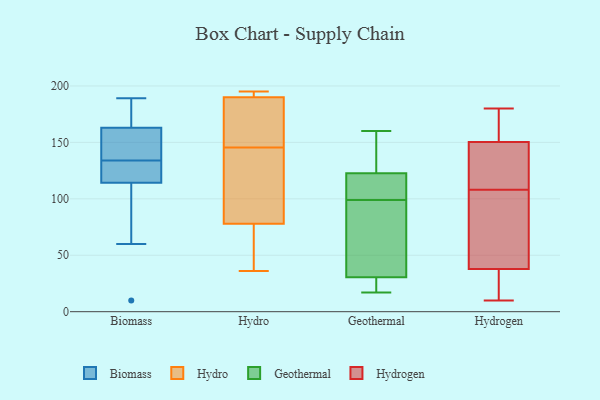
{"axis": {"x": "Website Visitors", "y": "Value"}, "legend": ["Biomass", "Geothermal", "Hydro", "Hydrogen"], "data": [{"x": "", "y": 60, "type": "Biomass"}, {"x": "", "y": 115, "type": "Biomass"}, {"x": "", "y": 121, "type": "Biomass"}, {"x": "", "y": 149, "type": "Biomass"}, {"x": "", "y": 134, "type": "Biomass"}, {"x": "", "y": 189, "type": "Biomass"}, {"x": "", "y": 167, "type": "Biomass"}, {"x": "", "y": 181, "type": "Biomass"}, {"x": "", "y": 185, "type": "Biomass"}, {"x": "", "y": 145, "type": "Biomass"}, {"x": "", "y": 114, "type": "Biomass"}, {"x": "", "y": 151, "type": "Biomass"}, {"x": "", "y": 10, "type": "Biomass"}, {"x": "", "y": 62, "type": "Biomass"}, {"x": "", "y": 119, "type": "Biomass"}, {"x": "", "y": 52, "type": "Hydro"}, {"x": "", "y": 195, "type": "Hydro"}, {"x": "", "y": 97, "type": "Hydro"}, {"x": "", "y": 78, "type": "Hydro"}, {"x": "", "y": 142, "type": "Hydro"}, {"x": "", "y": 156, "type": "Hydro"}, {"x": "", "y": 149, "type": "Hydro"}, {"x": "", "y": 36, "type": "Hydro"}, {"x": "", "y": 190, "type": "Hydro"}, {"x": "", "y": 192, "type": "Hydro"}, {"x": "", "y": 33, "type": "Geothermal"}, {"x": "", "y": 18, "type": "Geothermal"}, {"x": "", "y": 122, "type": "Geothermal"}, {"x": "", "y": 128, "type": "Geothermal"}, {"x": "", "y": 99, "type": "Geothermal"}, {"x": "", "y": 107, "type": "Geothermal"}, {"x": "", "y": 17, "type": "Geothermal"}, {"x": "", "y": 107, "type": "Geothermal"}, {"x": "", "y": 154, "type": "Geothermal"}, {"x": "", "y": 72, "type": "Geothermal"}, {"x": "", "y": 17, "type": "Geothermal"}, {"x": "", "y": 110, "type": "Geothermal"}, {"x": "", "y": 160, "type": "Geothermal"}, {"x": "", "y": 77, "type": "Geothermal"}, {"x": "", "y": 125, "type": "Geothermal"}, {"x": "", "y": 46, "type": "Geothermal"}, {"x": "", "y": 23, "type": "Geothermal"}, {"x": "", "y": 70, "type": "Hydrogen"}, {"x": "", "y": 19, "type": "Hydrogen"}, {"x": "", "y": 153, "type": "Hydrogen"}, {"x": "", "y": 27, "type": "Hydrogen"}, {"x": "", "y": 133, "type": "Hydrogen"}, {"x": "", "y": 142, "type": "Hydrogen"}, {"x": "", "y": 108, "type": "Hydrogen"}, {"x": "", "y": 97, "type": "Hydrogen"}, {"x": "", "y": 71, "type": "Hydrogen"}, {"x": "", "y": 164, "type": "Hydrogen"}, {"x": "", "y": 10, "type": "Hydrogen"}, {"x": "", "y": 180, "type": "Hydrogen"}, {"x": "", "y": 116, "type": "Hydrogen"}, {"x": "", "y": 160, "type": "Hydrogen"}, {"x": "", "y": 18, "type": "Hydrogen"}]}